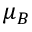
\mu _ { B }